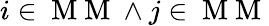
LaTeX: i\in\mathrm{~M~M~}\land j\in\mathrm{~M~M~}